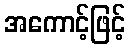
အကောင့်ဖြင့်